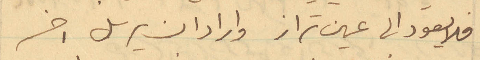
فلا يعود الى عين تراز واراد ان يرسل اخر